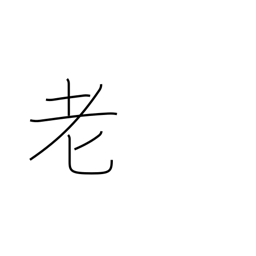
Meaning: grow old